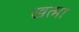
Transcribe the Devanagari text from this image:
खत्मा